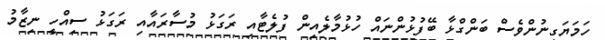
ހަމަޔަގީނުންވެސް ބަންގްޅާ ބޭފުޅުންނައް ހުޅުމާލެއިން ފުލެޓާއި ރަގަޅު މުސާރައާއި ރަގަޅު ސިއްހީ ނިޒާމު